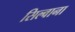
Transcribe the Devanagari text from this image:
सिल्वाना